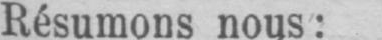
Résumons nous: